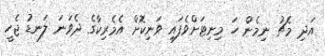
އަދި މެޗު ނިމެން ހަ މިނިޓަށްވެފައި ވަނިކޮށް އެމެރިކާގެ ދެވަނަ ލަނޑު ޖެހީ